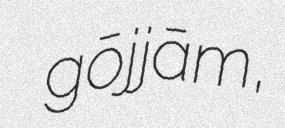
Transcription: ጎጃም  gōjjām,